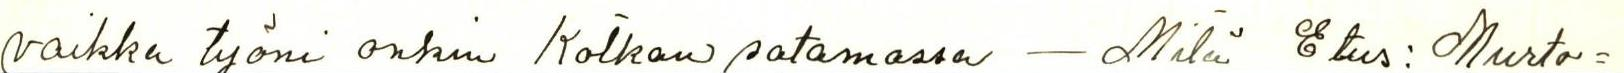
vaikka työni onkin Kotkan satamassa - Mitä Etus: Muto=